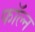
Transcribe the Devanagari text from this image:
फॉल्न